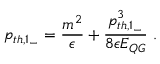
p _ { t h , 1 _ { - } } = { \frac { m ^ { 2 } } { \epsilon } } + { \frac { p _ { t h , 1 _ { - } } ^ { 3 } } { 8 \epsilon E _ { Q G } } } ~ .